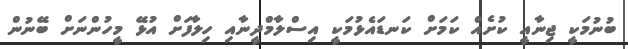
ބުނުމަކީ ޖިނާއީ ކުށެއް ކަމަށް ކަނޑައެޅުމަކީ އިސްލާމްދީނާއި ހިލާފަށް އުޅޭ މީހުންނަށް ބޭނުން